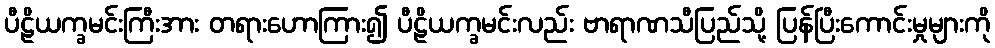
ပီဠိယက္ခမင်းကြီးအား တရားဟောကြား၍ ပီဠိယက္ခမင်းလည်း ဗာရာဏသီပြည်သို့ ပြန်ပြီးကောင်းမှုများကို